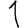
Digit: 1